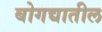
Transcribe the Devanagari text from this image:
बोगद्यातील